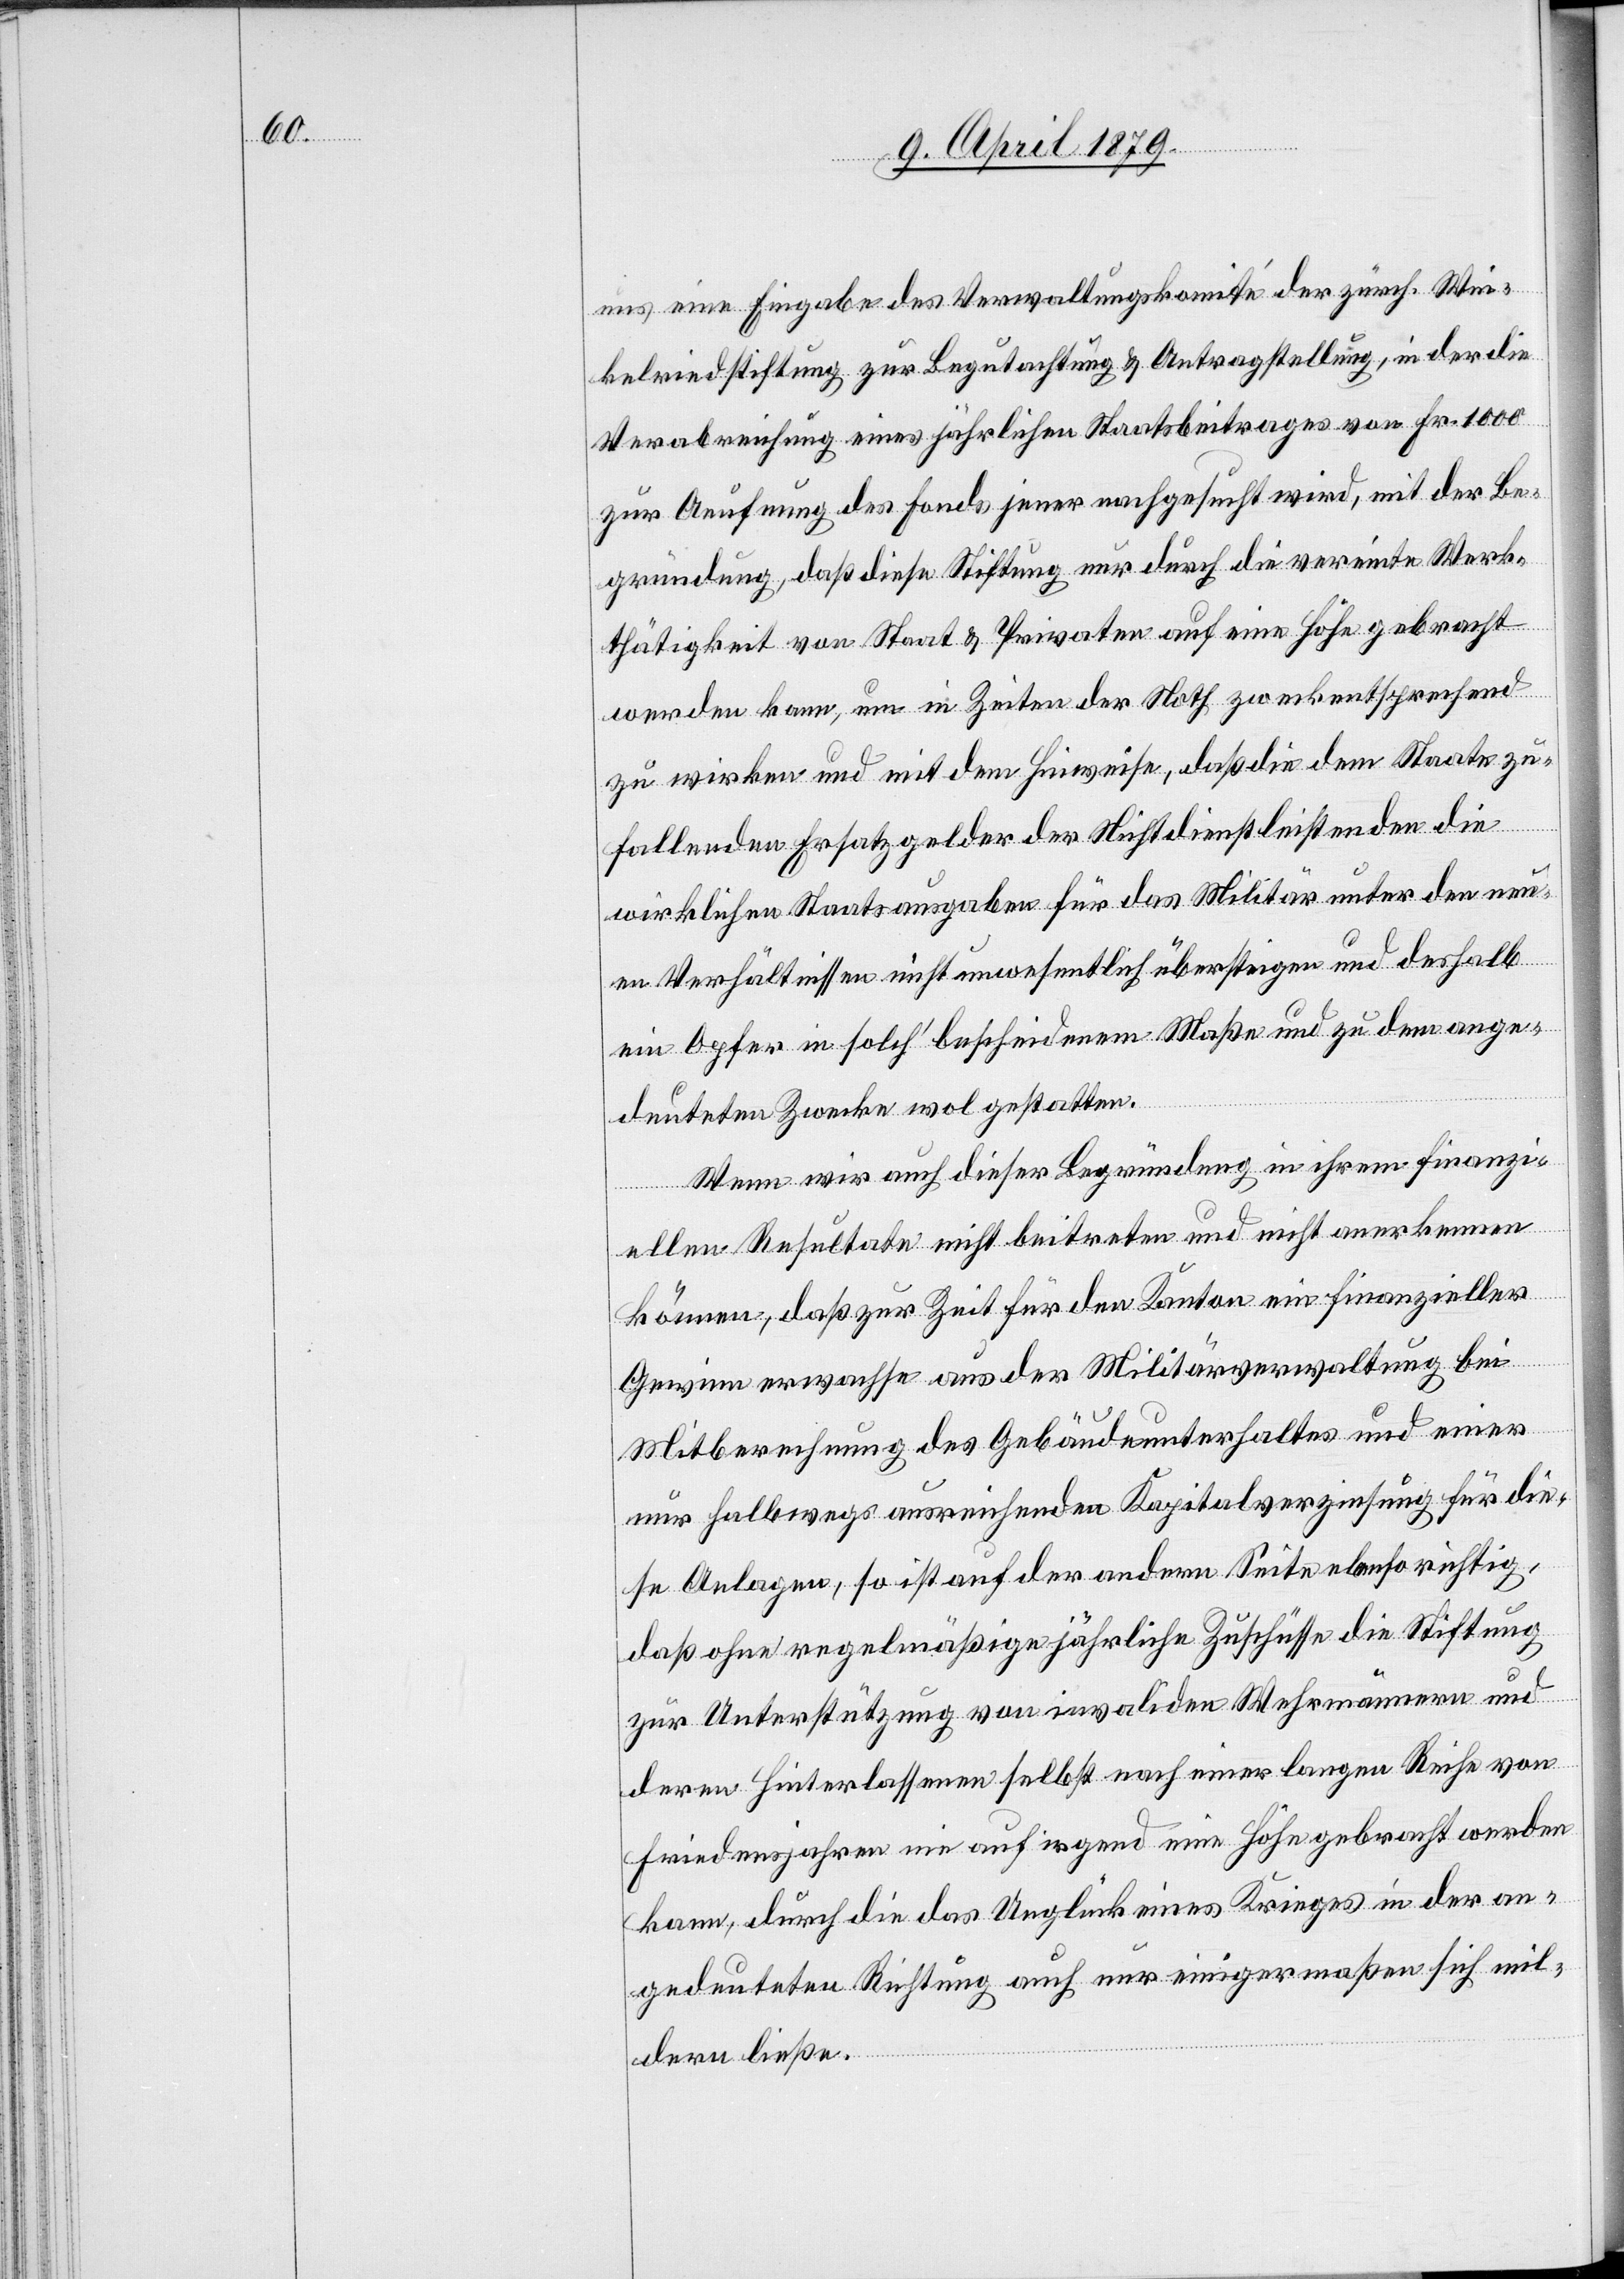
uns eine Eingabe des Verwaltungskomité der zürch. Win¬
kelriedstiftung zur Begutachtung & Antragstellung, in der die
Verabreichung eines jährlichen Staatsbeitrages von Fr. 1000
zur Aeufnung des Fonds jener nachgesucht wird, mit der Be¬
gründung, daß diese Stiftung nur durch die vereinte Werk¬
thätigkeit von Staat & Privaten auf eine Höhe gebracht
werden kann, um in Zeiten der Noth zweckentsprechend
zu wirken und mit dem Hinweise, daß die dem Staate zu¬
fallenden Ersatzgelder der Nichtdienstleistenden die
wirklichen Staatsausgaben für das Militär unter den neu¬
en Verhältnissen nicht unwesentlich übersteigen und deshalb
ein Opfer in solch’ bescheidenem Maße und zu dem ange¬
deuteten Zwecke wol gestatten.
Wenn wir auch dieser Begründung in ihrem finanzi¬
ellen Resultate nicht beitreten und nicht anerkennen
können, daß zur Zeit für den Kanton ein finanzieller
Gewinn erwachse aus der Militärverwaltung bei
Mitberechnung des Gebäudeunterhaltes und einer
nur halbwegs ausreichenden Kapitalverzinsung für die¬
se Anlagen, so ist auf der andern Seite ebenso richtig,
daß ohne regelmäßige jährliche Zuschüsse die Stiftung
zur Unterstützung von invaliden Wehrmännern und
deren Hinterlassenen selbst nach einer langen Reihe von
Friedensjahren nie auf irgend eine Höhe gebracht werden
kann, durch die das Unglück eines Krieges in der an¬
gedeuteten Richtung auch nur einigermaßen sich mil¬
dern ließe.